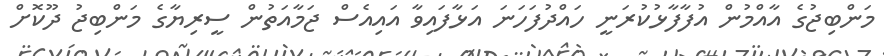
މަންބިޖުގެ އާއްމުން އުފާފާޅުކުރަނީ ހައްދުފަހަނަ އަޅާފައިވާ އައިއެސް ޖަމާއަތުން ސީރިޔާގެ މަންބިޖު ދޫކޮށް